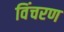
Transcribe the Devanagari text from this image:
विंचरण